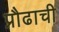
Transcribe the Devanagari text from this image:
प्रौढाची